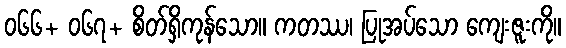
၀၆၆+ ၀၆၇+ စိတ်ရှိကုန်သော။ ကတဿ၊ ပြုအပ်သော ကျေးဇူးကို။